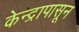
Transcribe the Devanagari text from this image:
केन्द्रापासून